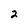
Character: 2